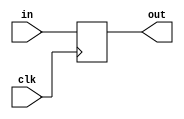
// ***************************************************************************
// ***************************************************************************
// Copyright (C) 2017, 2018, 2020, 2022 Analog Devices, Inc. All rights reserved.
// SPDX short identifier: ADIJESD204
// ***************************************************************************
// ***************************************************************************

`timescale 1ns/100ps

module pipeline_stage #(
  parameter REGISTERED = 1,
  parameter WIDTH = 1
) (
  input clk,
  input [WIDTH-1:0] in,
  output [WIDTH-1:0] out
);

  generate if (REGISTERED == 0) begin
    assign out = in;
  end else begin
    (* shreg_extract = "no" *)  reg [REGISTERED*WIDTH-1:0] in_dly = {REGISTERED*WIDTH{1'b0}};
    always @(posedge clk) in_dly <= {in_dly,in};
    assign out = in_dly[REGISTERED*WIDTH-1 -: WIDTH];
  end endgenerate

endmodule